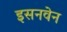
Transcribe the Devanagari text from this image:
इसनवेन